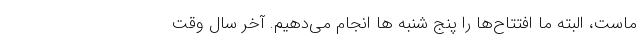
ماست، البته ما افتتاح‌ها را پنج شنبه ها انجام می‌دهیم. آخر سال وقت